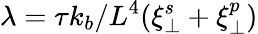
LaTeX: \lambda=\tau k_{b}/L^{4}(\xi_{\perp}^{s}+\xi_{\perp}^{p})